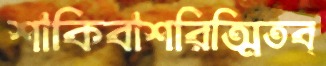
শাকিবাশরিত্মিতব্